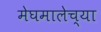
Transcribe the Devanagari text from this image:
मेघमालेच्या